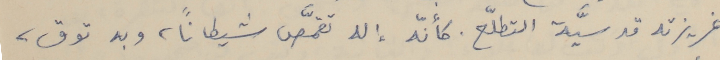
غريزته قدسيَّة التطّلّع. كأنّه إله تقمَّص شيطاناً، وبه توق،